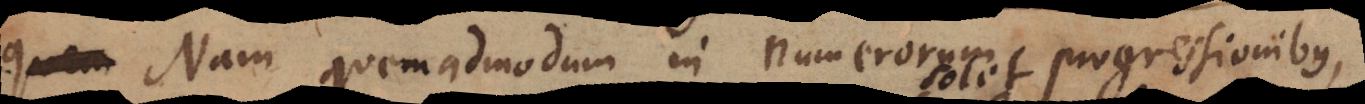
quam Nam quemadmodum in numerorum progressionibus,